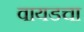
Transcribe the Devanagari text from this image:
वायडचा